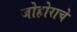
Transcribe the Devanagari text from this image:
जोहोराचे